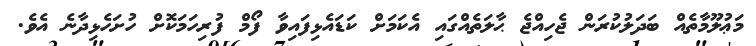
މަޢުލޫމާތެއް ބަދަލުކުރަން ޖެހިއްޖެ ޙާލަތެއްގައި އެކަމަށް ކަޑައެޅިފައިވާ ފޯމް ފުރިހަމަކޮށް ހުށަހެޅިދާނެ އެވެ.